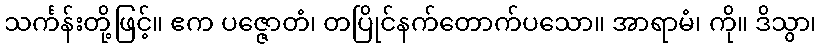
သင်္ကန်းတို့ဖြင့်။ ဧက ပဇ္ဇောတံ၊ တပြိုင်နက်တောက်ပသော။ အာရာမံ၊ ကို။ ဒိသွာ၊